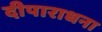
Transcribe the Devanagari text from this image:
दीपाराधना